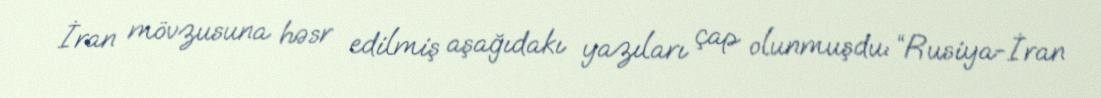
İran mövzusuna həsr edilmiş aşağıdakı yazıları çap olunmuşdu: “Rusiya-İran